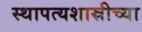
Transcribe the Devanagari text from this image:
स्थापत्यशास्रीच्या